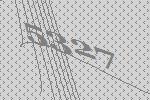
5327